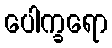
ပေါက္ခရော